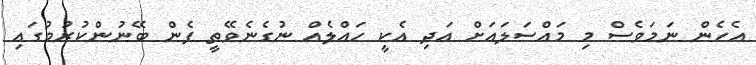
އެހެން ނަމަވެސް މި މައްސަލައަށް އަދި އެކީ ހައްލެއް ނުގެނެވޭތީ ފެން ބޭނުންކުރުމުގައި